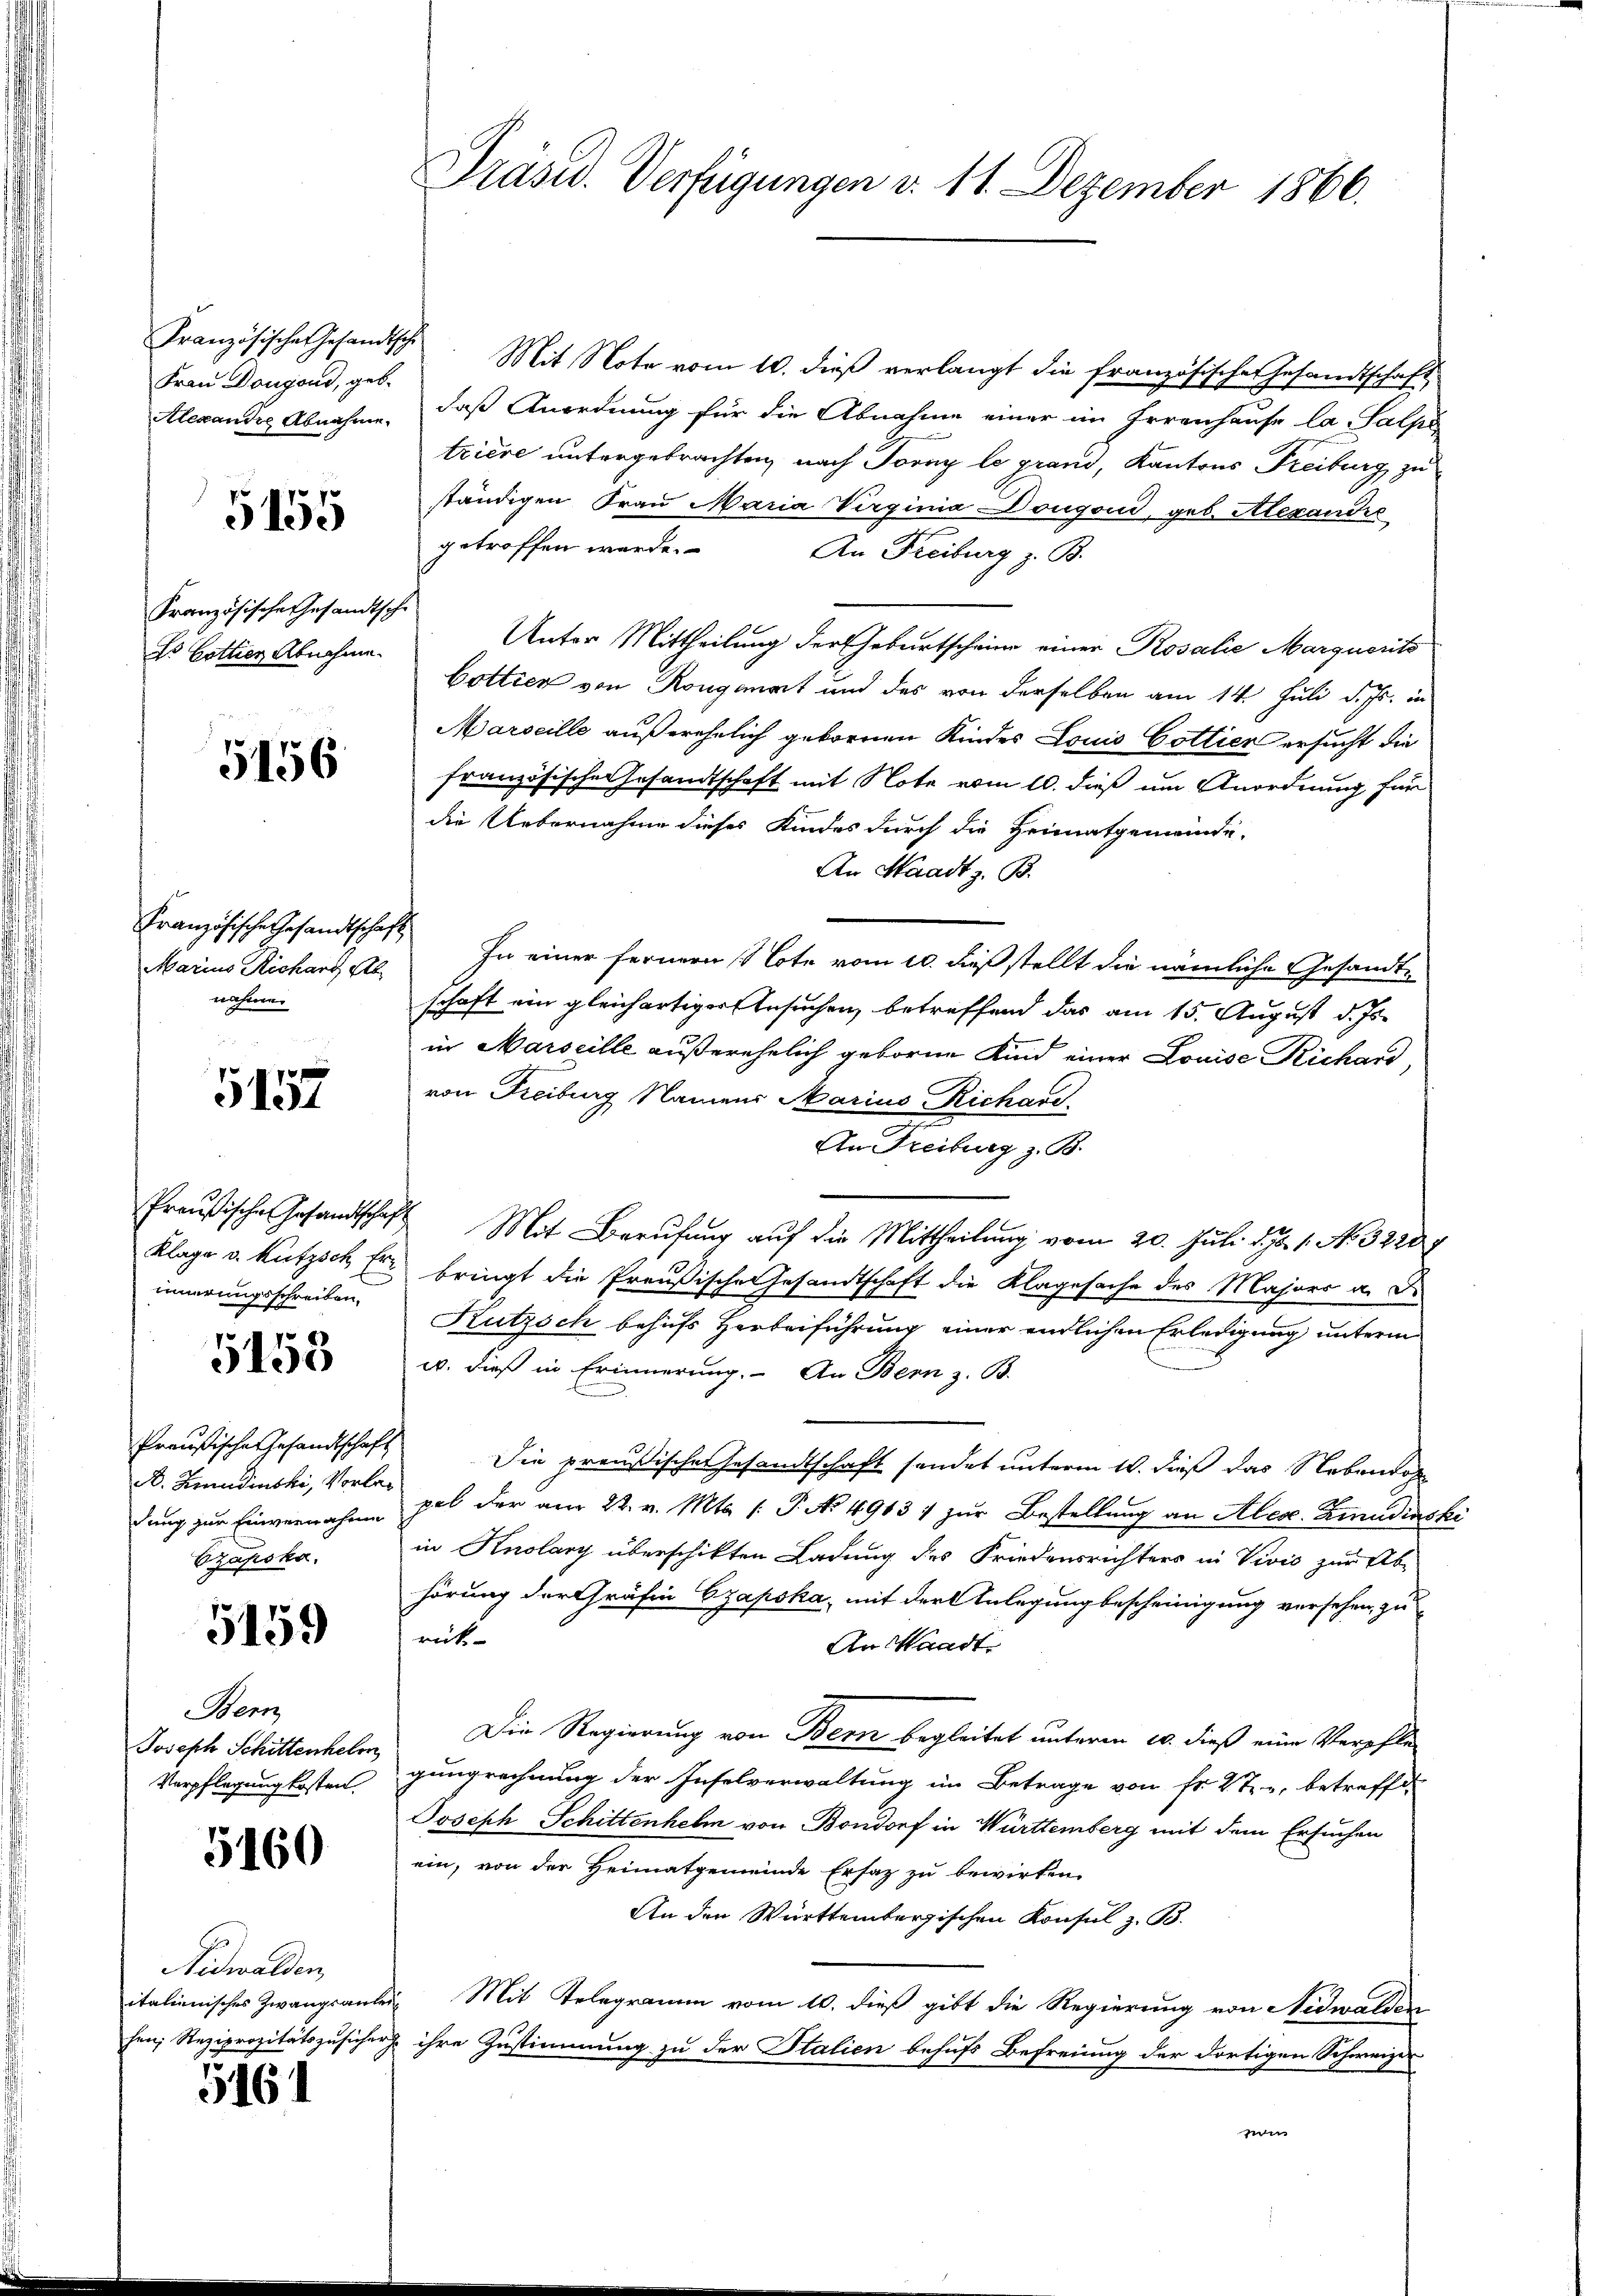
Frau Dougond, geb.
Alexandre Abnahme.

5155

Französische Gesandtsch
Es Gottier Abnahme.

5156

Französische Gesandtschaft
Marius Richarz Ab
nahme.

5157

Klage v. Kutzsch Erinnerungsschreiben.

5153

Preußische Gesandtschaft
B. Hinudinski, Vorladung zur Einvernahme
Czapska

5159

Henz
Joseph Schittenhelm
Verpflegung kosten.

5160

Nidwalden,
italienisches Zwangsan
hen; Reziprozitätszusiche

5161

Präsid. Verfügungen d. 11. Dezember 1866.

Französische Gesandtsch. Mit Note vom 10. dieß verlangt die französischer Gesandtschaft,
daß Anordnung für die Abnahme einer im Irrenhause la Salpe
triere untergebrachten, nach Torny le grand, Kantons Freiburg zu
ständigen Frau Maria Virginia Dongond, geb. Alexandre
getroffen werde.
An Freiburg z. B.
t
Unter Mittheilung der Geburtscheine einer Rosalie Marquerits
Cottier von Rongauert und des von derselben am 14. Juli d. Js. in
Marseille außerehelich gebornen Kindes Louis Cottier ersucht die
französische Gesandtschaft mit Note vom 10. dieß um Anordnung für
die Uebernahme dieses Kindes durch die Heimatgemeinde-
An Waadt z. B.
In einer fernern Bote vom 10. dieß stellt die nämliche Gesandtschaft ein gleichartiger Gesuchen, betreffend das am 15. August d. Js.
in Marseille außerehelich geborne Kind einer Louise Richard,
von Freiburg Namens Marius Richare
e
An Freiburg z. B.
Preußische Gesandtschaft Mit Berufung auf die Mittheilung vom 20. Juli d. J. 1. No 3228
bringt die Preußische Gesandtschaft die Klagesache des Majors a. d.
Kutzsch behufs Herbeiführung einer endlichen Erledigung unterm
u. dieß in Erinnerung. An Bern z. B.
Die preußische Gesandtschaft sendet unterm 10. dieß das Nebender
pel der am 22. v. Mts. (: P. No 4903. zŭr Bestellung an Alex. Zmudinski
in Knolary überschikten Ladung des Friedensrichters in Vivić zur Ab-
hörung der Gräfin Czapska, mit der Anlegung bescheinigung versehen, zurit
An Waadt
Die Regierung von Bern begleitet unterm 10. dieß eine Verpfle
gungrechnung der Inselverwaltung im Betrage von Fr. 27 betreffen
Joseph Schittenhelm von Bondorf in Württemberg mit dem Ersuchen
ein, von der Heimatgemeinde Ersatz zu bewirken.
An den Württembergischen Konsul z. B.
Mit Telegramm vom 10. dieß gibt die Regierung von Nidwalden
ihre Zustimmung zu der Italien behufs Befreiung der dortigen Schweizer
wi